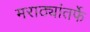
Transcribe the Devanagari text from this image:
मराठ्यांतर्फे